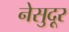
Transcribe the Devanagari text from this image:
नेसुदूर